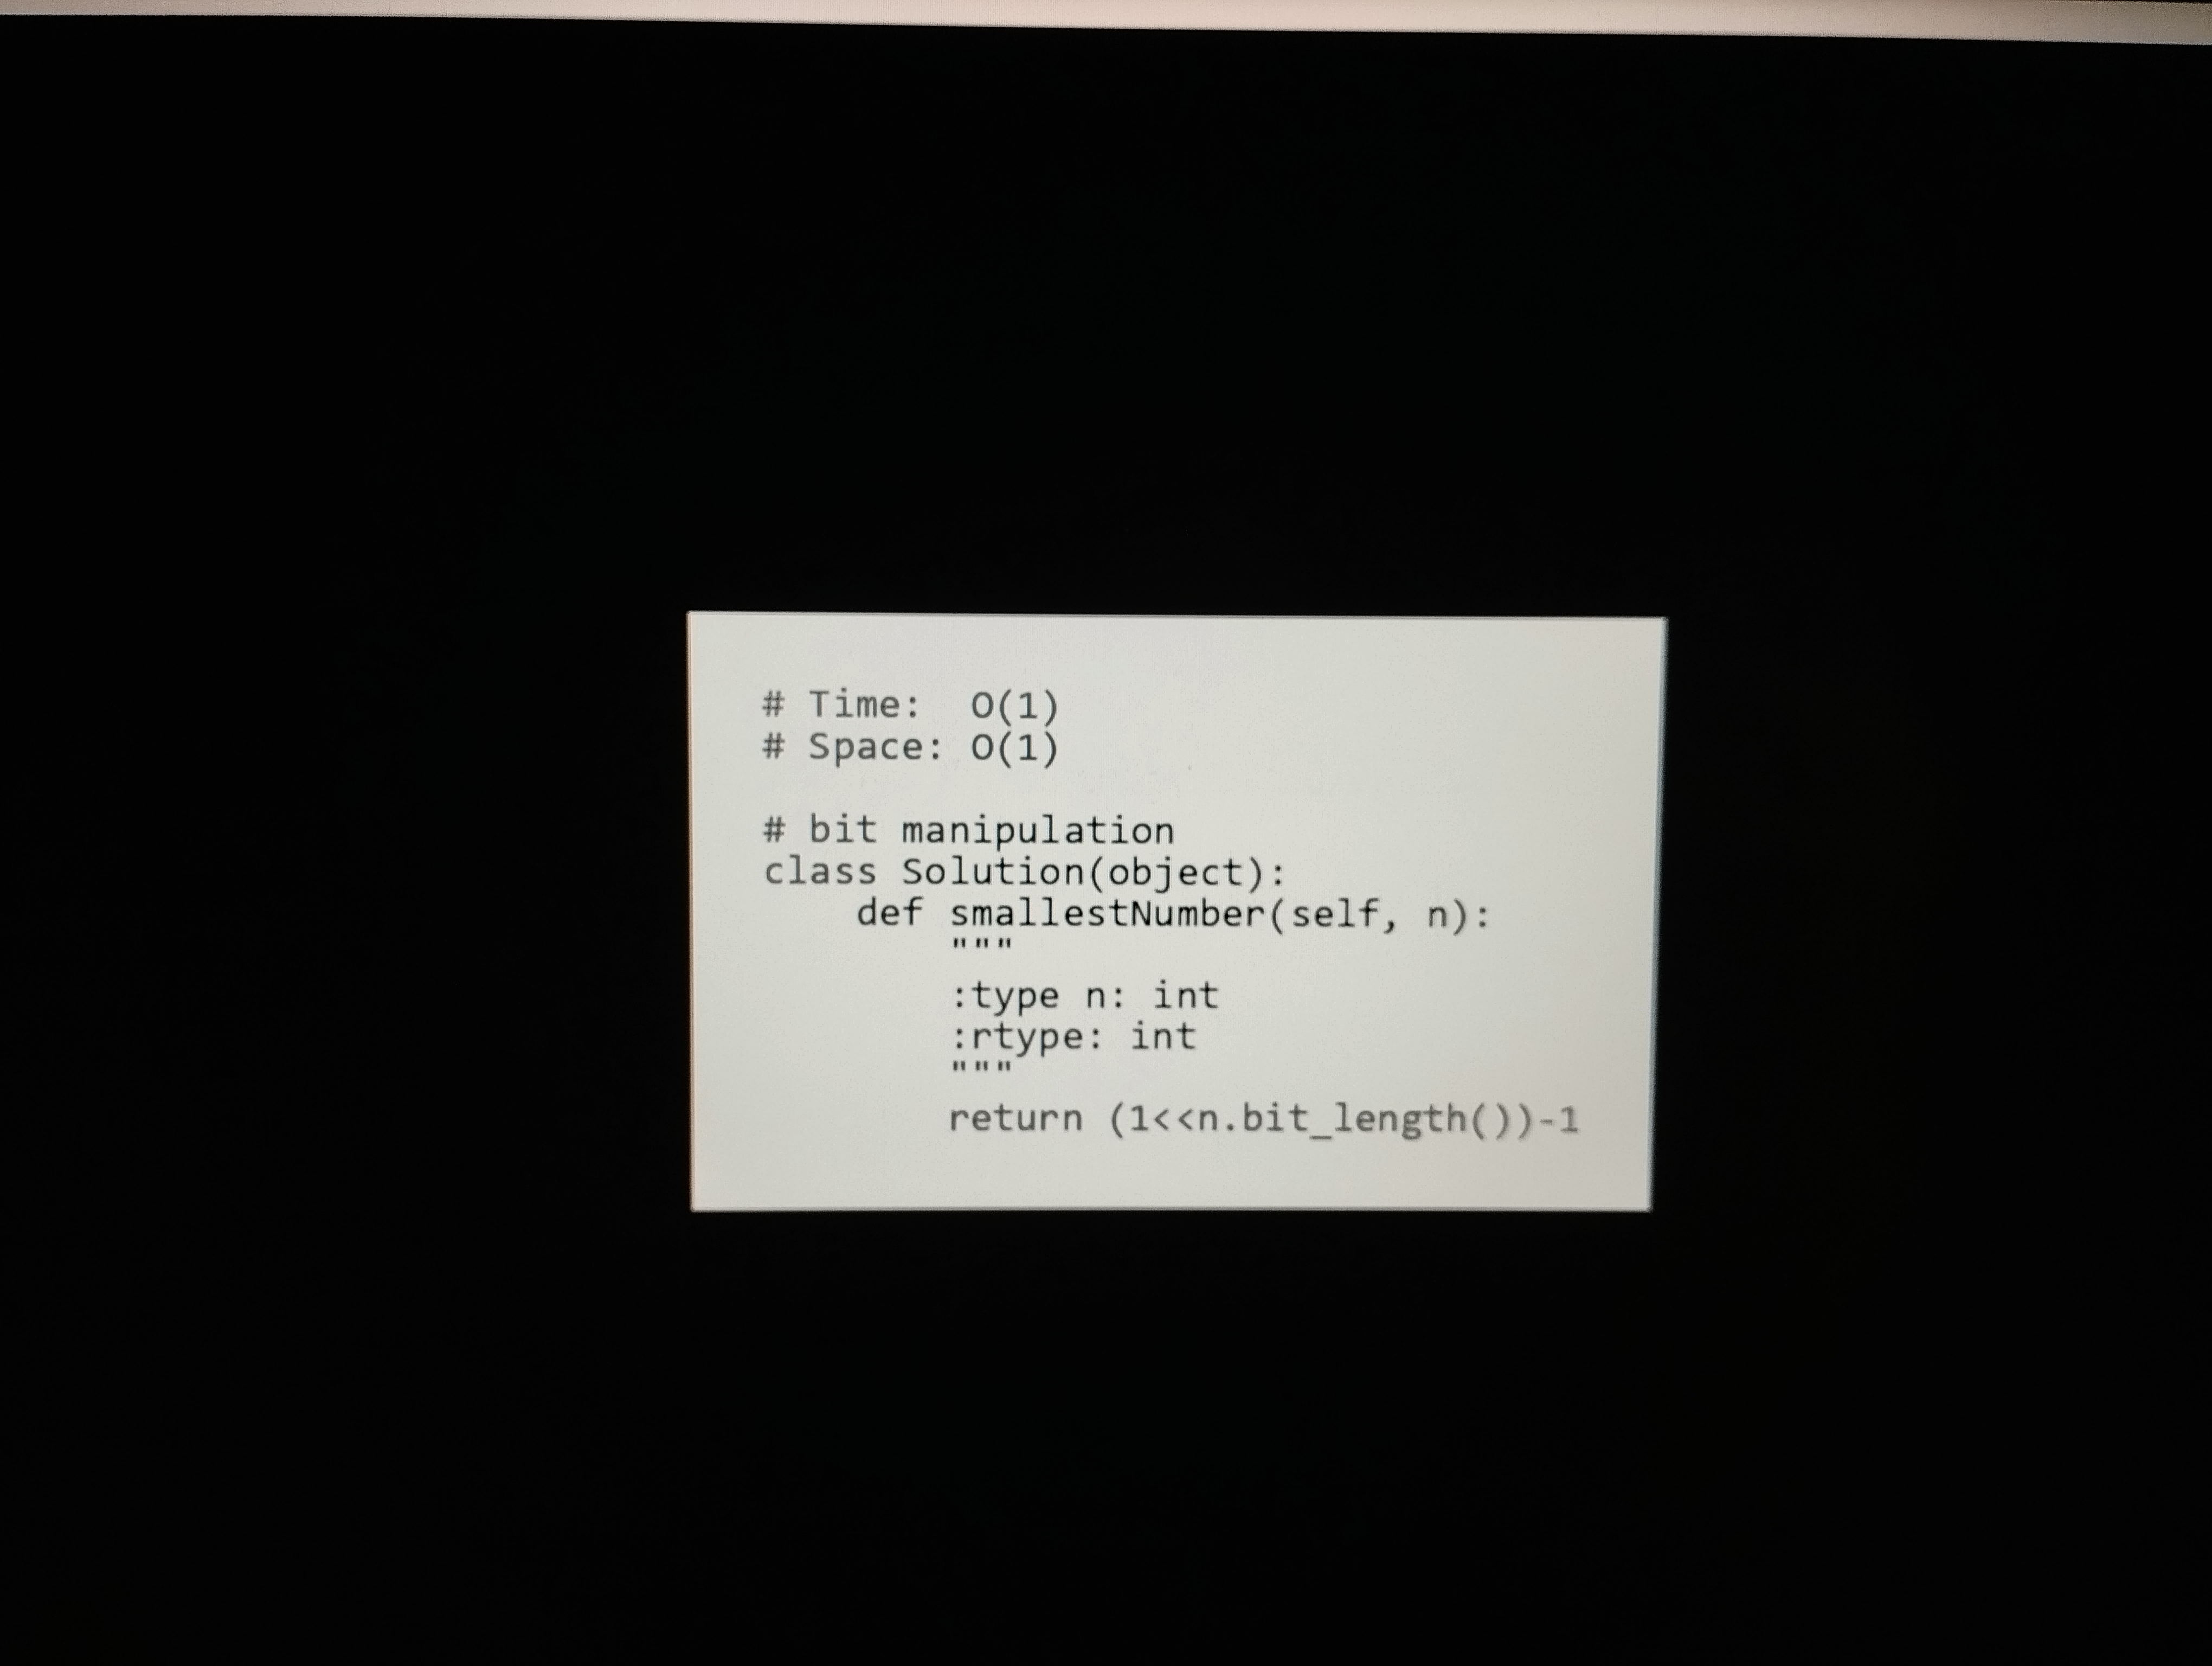
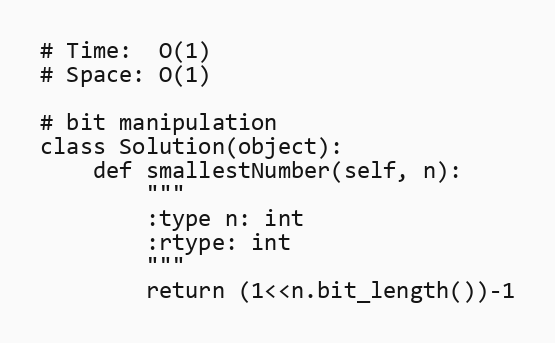
# Time:  O(1)
# Space: O(1)

# bit manipulation
class Solution(object):
    def smallestNumber(self, n):
        """
        :type n: int
        :rtype: int
        """
        return (1<<n.bit_length())-1